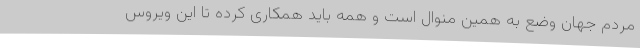
مردم جهان وضع به همین منوال است و همه باید همکاری کرده تا این ویروس